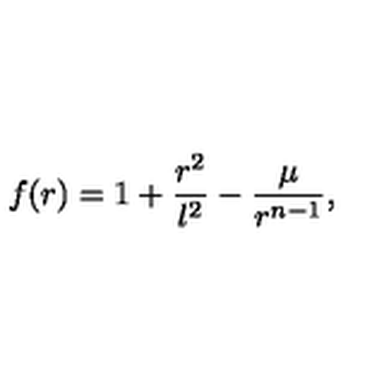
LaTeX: f ( r ) = 1 + \frac { r ^ { 2 } } { l ^ { 2 } } - \frac { \mu } { r ^ { n - 1 } } ,